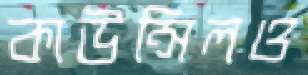
কাউন্সিলও